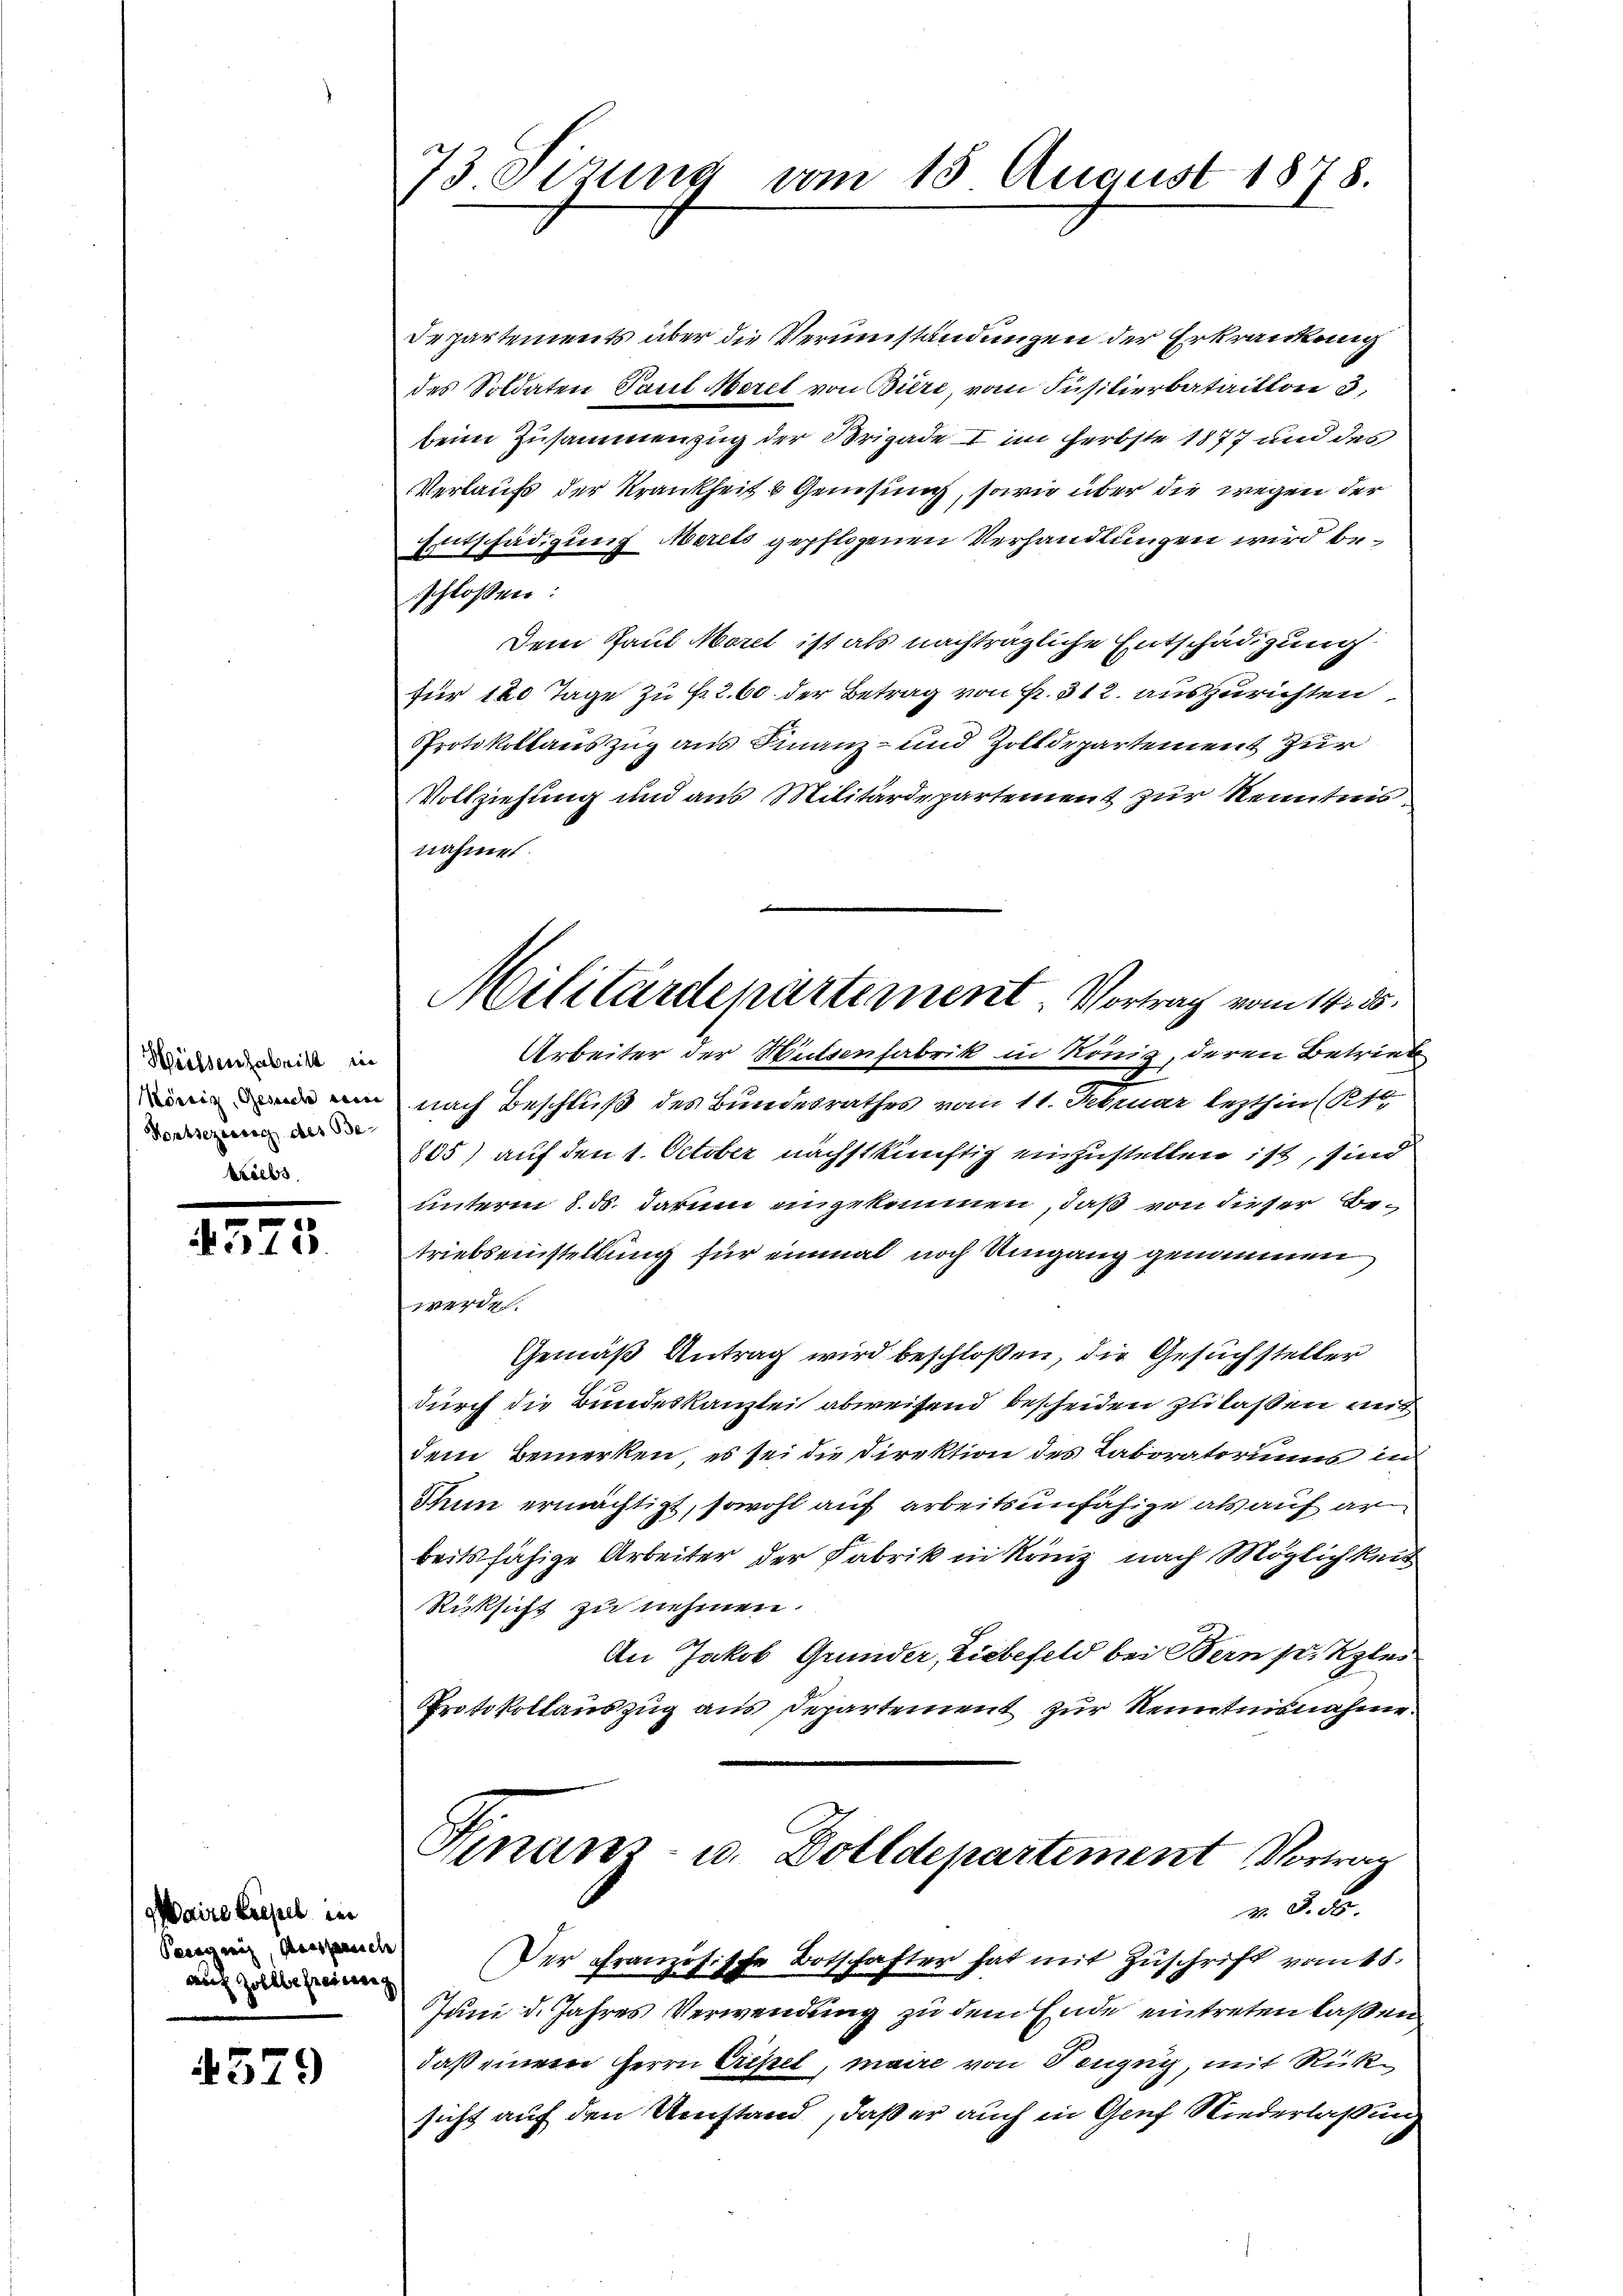
Welsenfabrik in
Mörri, Gesuch ein
Fortsezesich des Betriebs

.
375.

gaire regel der
Parrgeiz, dersparnich
au Zollbefreiung

4379

73 Sizung vom 15 August 1878.

Irpartements über die Verumständungen der Erkrankung
des Soldaten Paul Meret von Biere, vom Füsilierbataillon 3,
beim Zusammenzug der Brigade I im Herbste 1877 und des
Verlauf der Krankheit & Genesung, sowie über die wegen der
Entschädigung Merets gepflogenen Verhandlungen wird beschlossen:
Dem Gaul Morel ist als nachträgliche Entschädigung
für 120 Tage zu f. 260 der Betrag von Fr. 312. auszurichten
Protokollauszug aus Finanz- und Zolldepartement zur
Vollziehung und aus Militärdepartement zur Kenntnis
nahme.
Arbeiter der Mittenfabrik in König, deren Betrieb
nach Beschluß des Bundesrathes vom 11. Februar lezthin (1
305) auf den 1. October nächstkünftig einzustellen ist, sind
unterm 8. ds. darum eingekommen, daß von dieser Betriebseinstellung für einmal noch Umgang genommen
werden.
Gemäß Antrag wird beschloßen, die Gesuchsteller
durch die Bundeskanzlei abweisend bescheiden zu laßen mit
dem Bemerken, es sei die Direktion des Laboratoriums in
Tum ermächtigt, sowohl auf arbeitsunfähige als auf ar
beitsfähige Arbeiter der Fabrik in Kanz nach Möglichkeit
Rücksicht zu nehmen.
An Jakob Grunder, Liebefeld bei Bern setzlei
Protokollauszug aus Departement zur Kenntnisnahme.
Finanz- u. Dolldepartement Vorwar
v. 5. ds.
Der Französische Botschafter hat mit Zuschrift vom 15.
Juni d. Jahres Verwendung zu dem Ende eintreten laßen
daß einem Herrn Eripet, maire von Penzug, mit Rücksicht auf den Umstand, daß er auch in Genf Niederlaßung

Militärdepartement. Vortrag vom 14. 55.